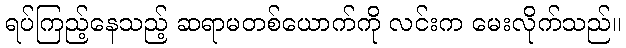
ရပ်ကြည့်နေသည့် ဆရာမတစ်ယောက်ကို လင်းက မေးလိုက်သည်။